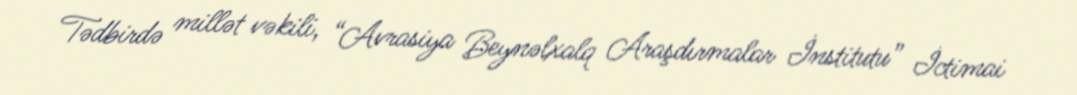
Tədbirdə millət vəkili, “Avrasiya Beynəlxalq Araşdırmalar İnstitutu” İctimai